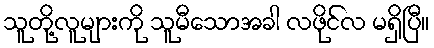
သူတို့လူများကို သူမီသောအခါ လဖိုင်လ မရှိပြီ။